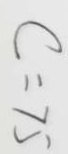
c = 7 5